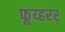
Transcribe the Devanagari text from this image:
फूय्हरर्